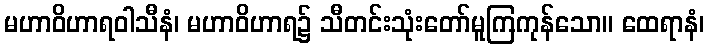
မဟာဝိဟာရဝါသီနံ၊ မဟာဝိဟာရ၌ သီတင်းသုံးတော်မူကြကုန်သော။ ထေရာနံ၊